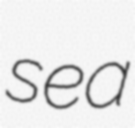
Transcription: sea